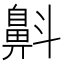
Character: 𪖘